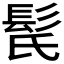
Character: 𩬁